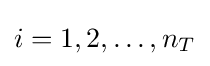
i=1,2,\ldots ,n_{T}